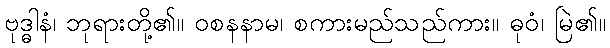
ဗုဒ္ဓါနံ၊ ဘုရားတို့၏။ ဝစနနာမ၊ စကားမည်သည်ကား။ ဓုဝံ၊ မြဲ၏။